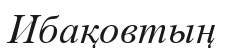
Ибақовтың